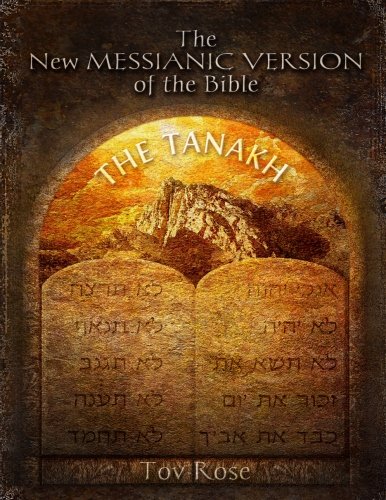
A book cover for The New Messianic Version of the Bible: The Tanach (The Old Testament); Tov Rose; Christian Books & Bibles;